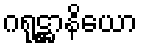
ဂရုဋ္ဌာနိယော